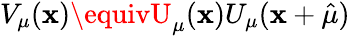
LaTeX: V_{\mu}(\mathbf{x})\equivU_{\mu}(\mathbf{x})U_{\mu}(\mathbf{x}+\hat{{\mu}})